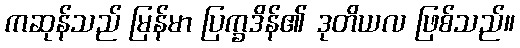
ကဆုန်သည် မြန်မာ ပြက္ခဒိန်၏ ဒုတိယလ ဖြစ်သည်။